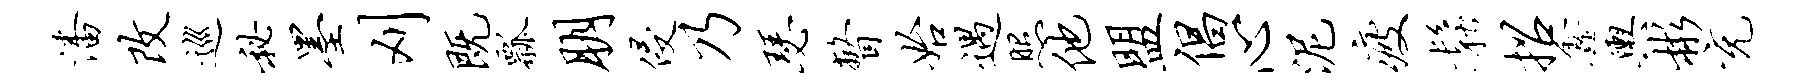
潘改巡秘墨刈既瓢朋侵乃瑟瞥始遇照他盟倡心泥疲松招鑫舆彬充